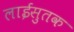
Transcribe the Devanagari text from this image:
लाईसुतक